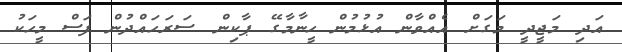
އަދި މަޖީދީ މަގަށް އެއްވާން އުޅުމުން ހީނާމާގޭ ޕާކިން ސަރަހައްދުން ފަސް މީހަކު